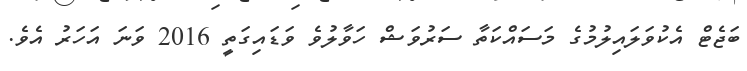
ބަޖެޓް އެކުވަލައިލުމުގެ މަސައްކަތާ ސަރުވަޝް ހަވާލުވެ ވަޑައިގަތީ 2016 ވަނަ އަހަރު އެވެ.